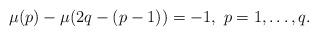
LaTeX: \begin{align*}\mu (p)-\mu (2q-(p-1))=-1,\mathtt{\ }p=1,\dots,q .\end{align*}